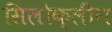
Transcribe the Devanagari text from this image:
सिलोक्लीन